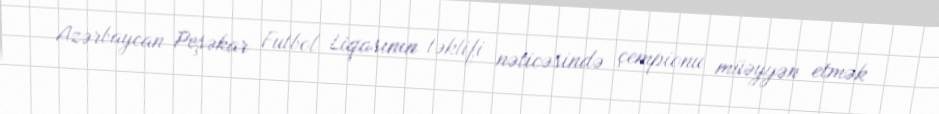
Azərbaycan Peşəkar Futbol Liqasının təklifi nəticəsində çempionu müəyyən etmək